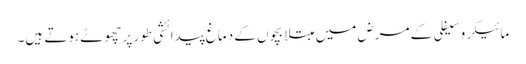
مائیکرو سیفلی کے مرض میں مبتلا بچوں کے دماغ پیدائشی طور پر چھوٹے ہوتے ہیں۔